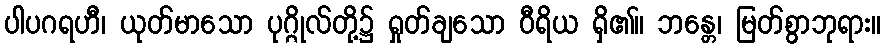
ပါပဂရဟီ၊ ယုတ်မာသော ပုဂ္ဂိုလ်တို့၌ ရှုတ်ချသော ဝီရိယ ရှိ၏။ ဘန္တေ၊ မြတ်စွာဘုရား။